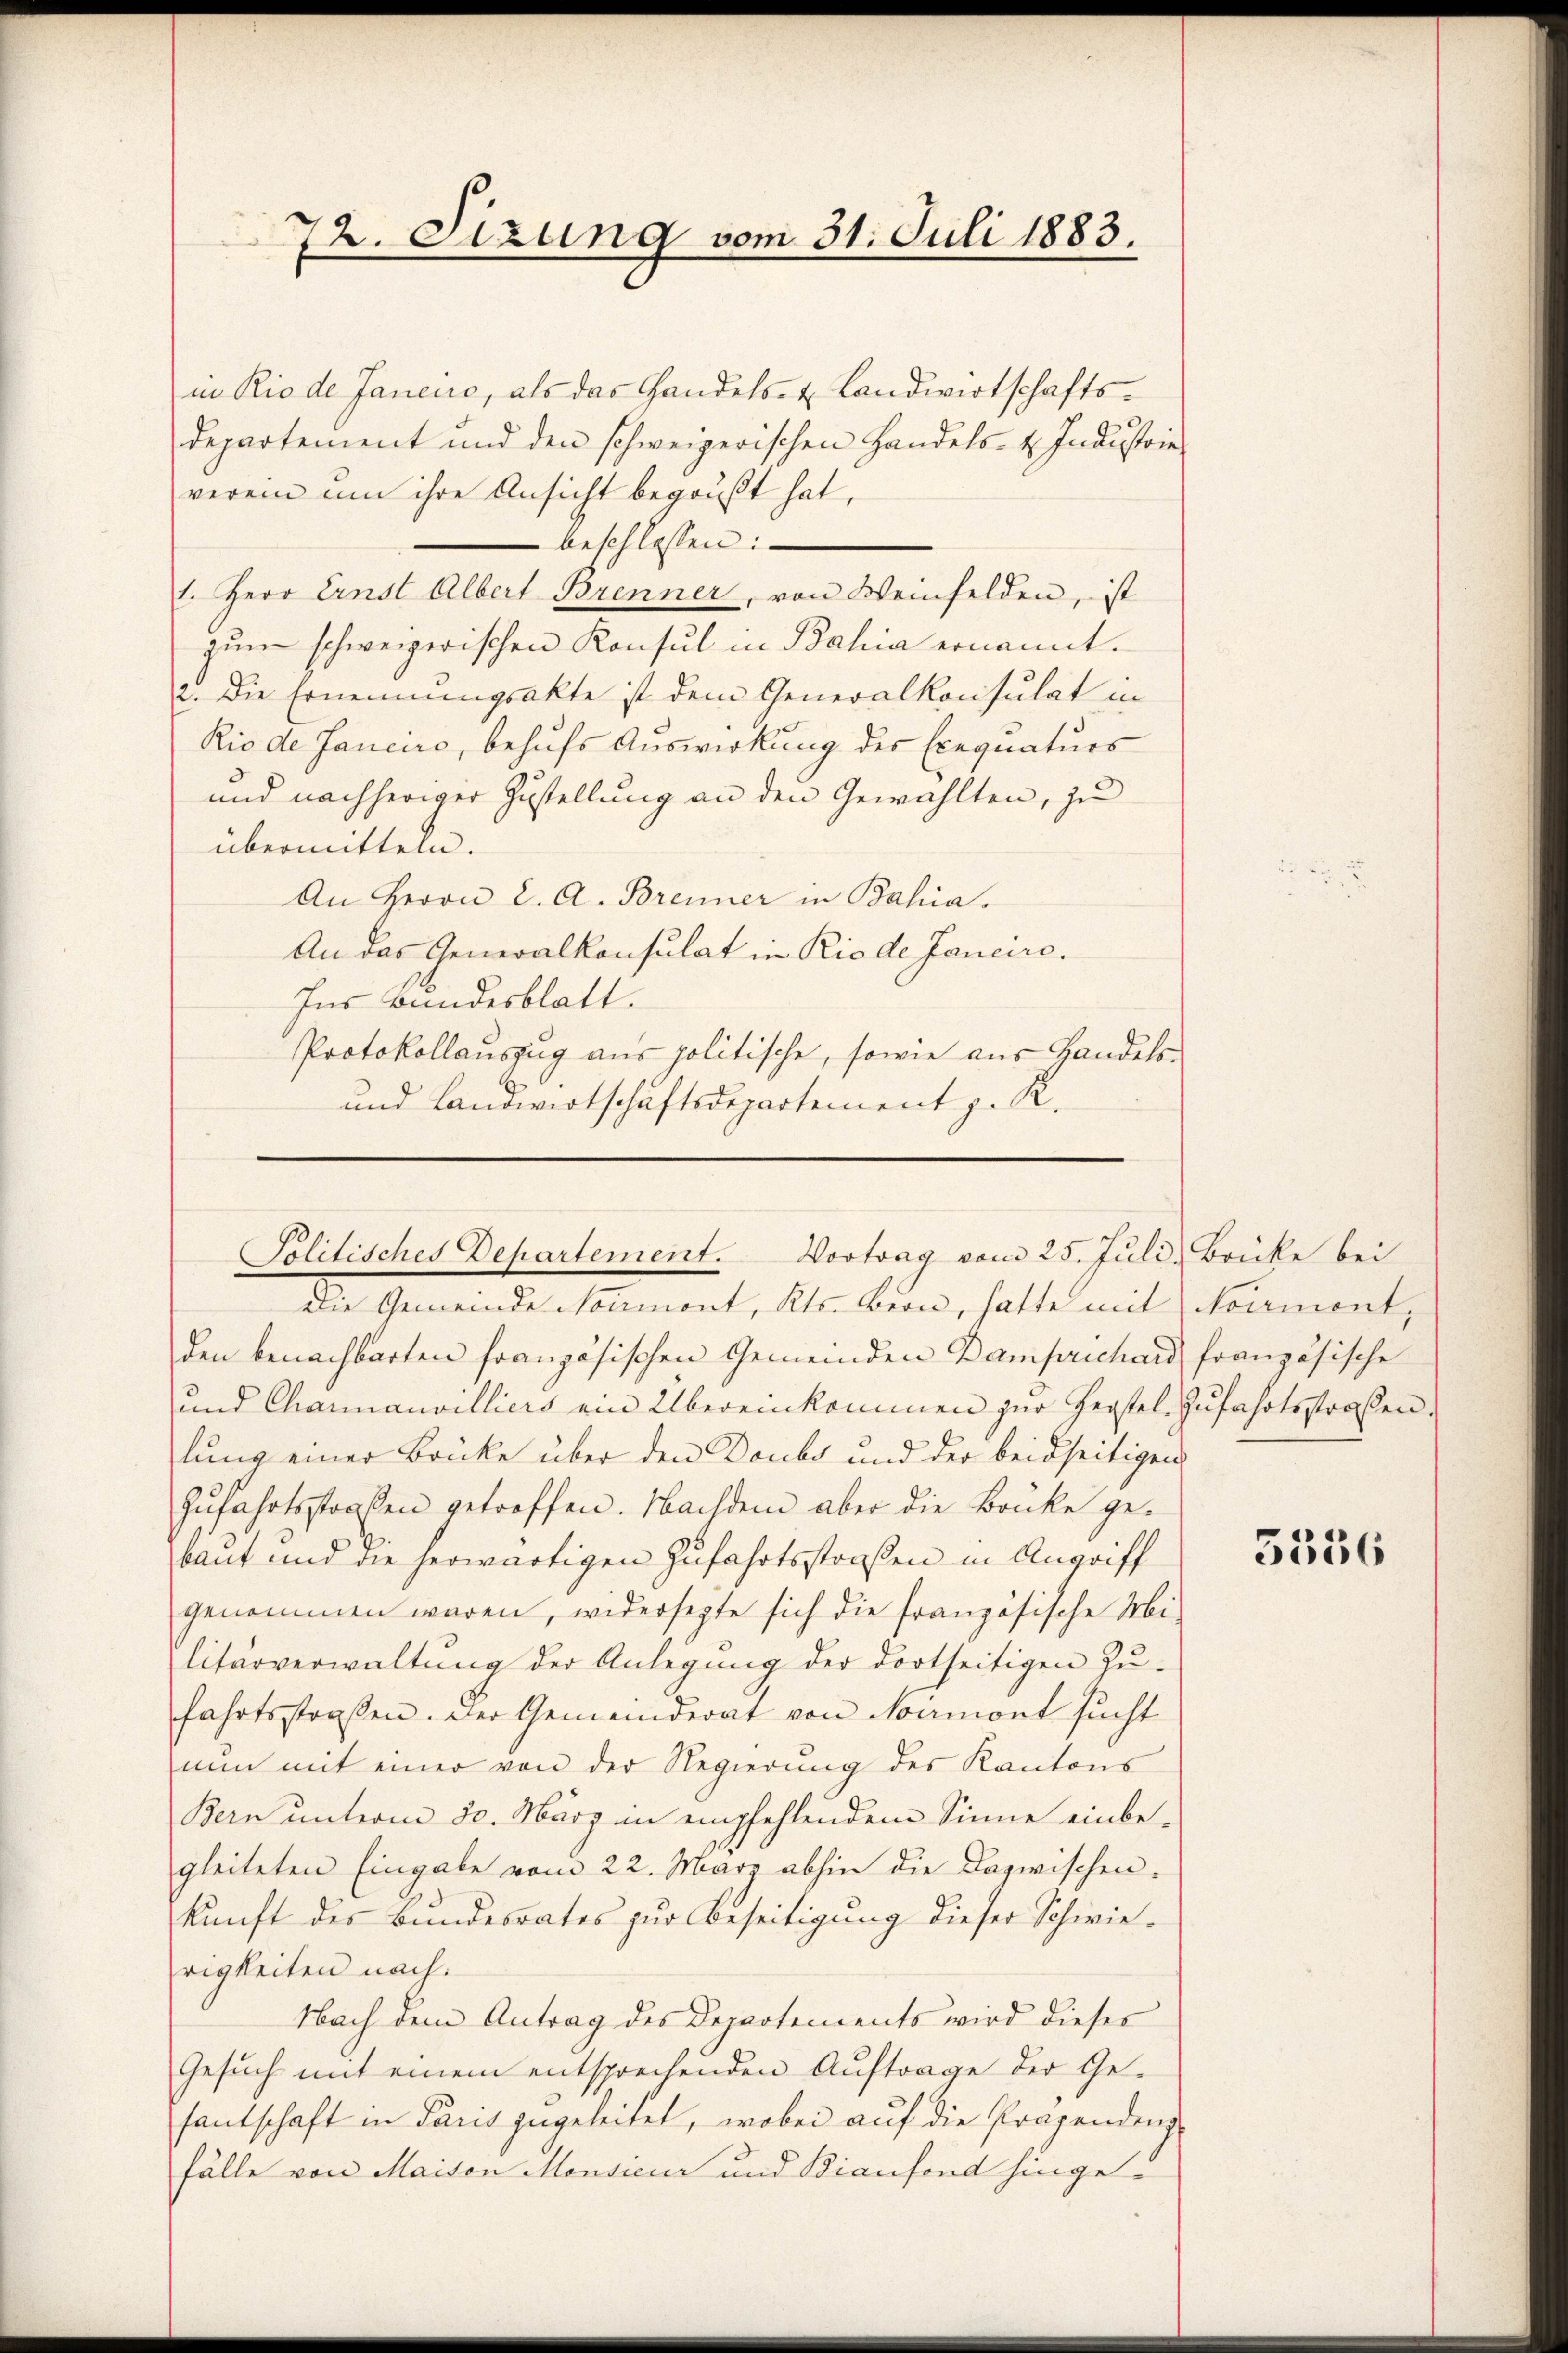
72. Setzung vom 31. Juli 1883.

in Rio de Janeuo, als das Handels- & Landwirtschaftsdepartement und den schweizerischen Handels- u. Industrie
verein um ihre Ansicht begrüßt hat,
beschlossen:
1. Herr Ernst Albert Brenner, von Weinfelden, ist
zŭm schweizerischen Konsul in Bahia ernannt.
2. Die Ernennungsakte ist dem Generalkonsulat in
Rio de fanciro, behufs Auswirkung des Exequaturs
und nachheriger Zustellung an den Gewählten, zu
übermitteln.
An Herrn C. A. Brenner in Bahia.
An das Generalkonsulat in Rio de Jancire.
Ins Bundesblatt.
Protokollauszug aus politische, sowie aus Handels-
und Landwirtschaftsdepartement z. R.

Politisches Departement. Vortrag vom 25. Juli, Brücke bei
Die Gemeinde Normont, Kts. Bern, hatte mit Norment,

den benachbarten französischen Gemeinden Damprichard, französische
und Charanvilliers ein Übereinkommen zŭr Herstel-Zŭfahrtsstraßen.
lung einer Brücke über den Doubs und der beidseitigen
Zufahrtsstraßen getroffen. Nachdem aber die Brücke gebaut und die herwärtigen Zufahrtsstraßen in Angriff
genommen waren, widersetzte sich die französische Mi
litärverwaltŭng der Anlegŭng der dortseitigen Zŭ-
fahrtsstraßen. Der Gemeinderat von Namont sucht
nun mit einer von der Regierung des Kantons
Bern unterm 30. März in empfehlendem Sinne einbegleiteten Eingabe vom 22. März abhin die Dazwischen.
kunft des Bundesrates zur Beseitigung dieser Schwierigkeiten nach.
Nach dem Antrag des Departements wird dieses
Gesuch mit einem entsprechenden Auftrage der Gefantschaft in Paris zugeleitet, wobei auf die Pragendenz
fälle von Maison Monsieur und Bianfond hinge¬

5356